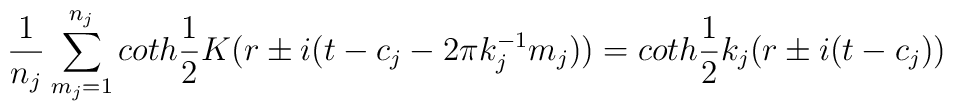
\frac{1}{n_j} \sum_{m_j=1}^{n_j} coth\frac{1}{2}K\bigl(r\pm i(t-c_j-2\pi k_j^{-1} m_j)\bigr) = coth\frac{1}{2}k_j\bigl(r\pm i(t-c_j)\bigr)